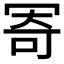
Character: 𠖏